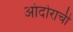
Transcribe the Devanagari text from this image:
आंदोराची